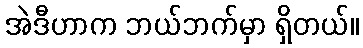
အဲဒီဟာက ဘယ်ဘက်မှာ ရှိတယ်။